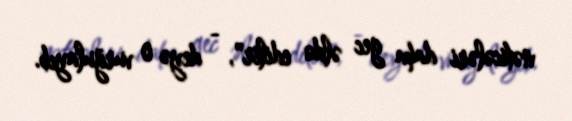
nəticələri daha gec əldə edilir", - deyə o vurğulayıb.